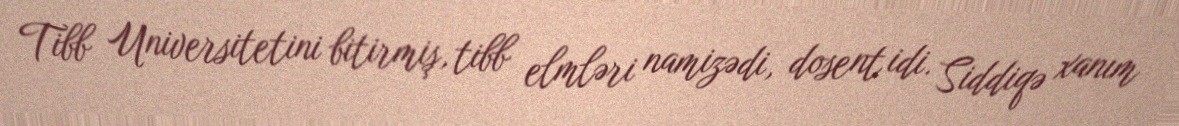
Tibb Universitetini bitirmiş, tibb elmləri namizədi, dosent idi. Siddiqə xanım